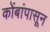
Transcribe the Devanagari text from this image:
कोंबांपासून